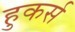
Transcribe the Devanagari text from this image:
हुकर्स